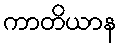
ကာတိယာန